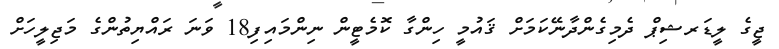
ޖީގެ ލީޑަރޝިޕް ދެމިގެންދާނޭކަމަށް ޤައުމީ ހިންގާ ކޮމެޓީން ނިންމައިފި18 ވަނަ ރައްޔިތުންގެ މަޖިލީހަށް